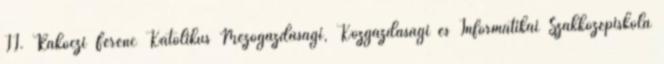
II. Rákóczi Ferenc Katolikus Mezőgazdasági, Közgazdasági és Informatikai Szakközépiskola